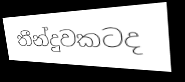
තීන්දුවකටද